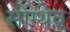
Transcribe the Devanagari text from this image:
सोंग्थेव